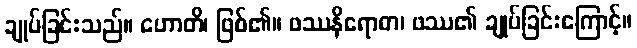
ချုပ်ခြင်းသည်။ ဟောတိ၊ ဖြစ်၏။ ဖဿနိရောဓာ၊ ဖဿ၏ ချုပ်ခြင်းကြောင့်။